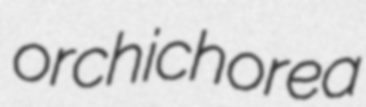
orchichorea